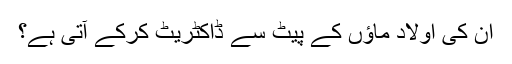
ان کی اولاد ماؤں کے پیٹ سے ڈاکٹریٹ کرکے آتی ہے؟